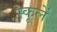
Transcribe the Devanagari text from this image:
स्कूलें